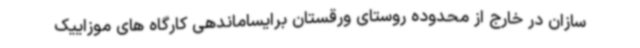
سازان در خارج از محدوده روستای ورقستان برایساماندهی کارگاه های موزاییک